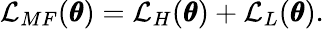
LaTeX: \mathcal{L}_{MF}(\pmb{\theta})=\mathcal{L}_{H}(\pmb{\theta})+\mathcal{L}_{L}(\pmb{\theta}).